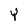
Character: Y